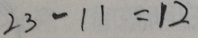
2 3 - 1 1 = 1 2